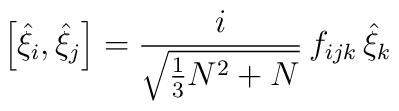
\left[{\hat\xi}_i,{\hat\xi}_j\right]=\frac{i}{\sqrt{\frac{1}{3}N^2+N}}\,f_{ijk}\,{\hat\xi}_k